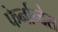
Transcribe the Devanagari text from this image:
फेर्नान्देस